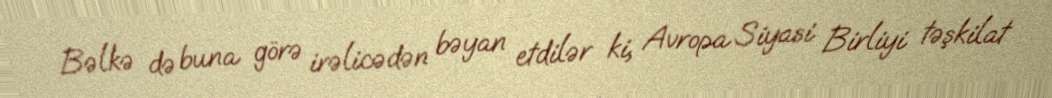
Bəlkə də buna görə irəlicədən bəyan etdilər ki, Avropa Siyasi Birliyi təşkilat